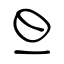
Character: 旦